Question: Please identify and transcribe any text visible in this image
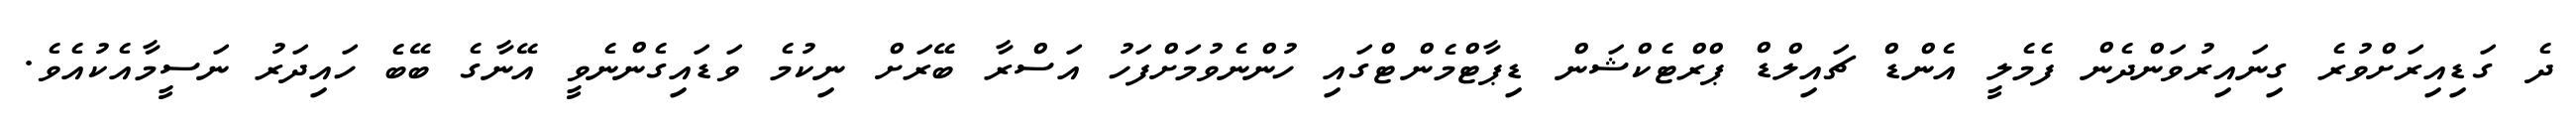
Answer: ދެ ގަޑިއިރަށްވުރެ ގިނައިރުވަންދެން ފެމެލީ އެންޑް ޗައިލްޑް ޕްރްޓެކްޝަން ޑިޕާޓްމެންޓްގައި ހުންނެވުމަށްފަހު އަސްރާ ބޭރަށް ނިކުމެ ވަޑައިގެންނެވީ އޭނާގެ ބޭބެ ހައިދަރު ނަސީމާއެކުއެވެ.